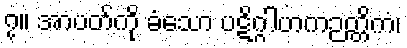
၇။ အာပတ်ကို ခံသော ပဋိဂ္ဂါဟကဉတ္တိကံ၊